Vaccination in Bombay 1889-1901 - 1889-1901
Year: 1889
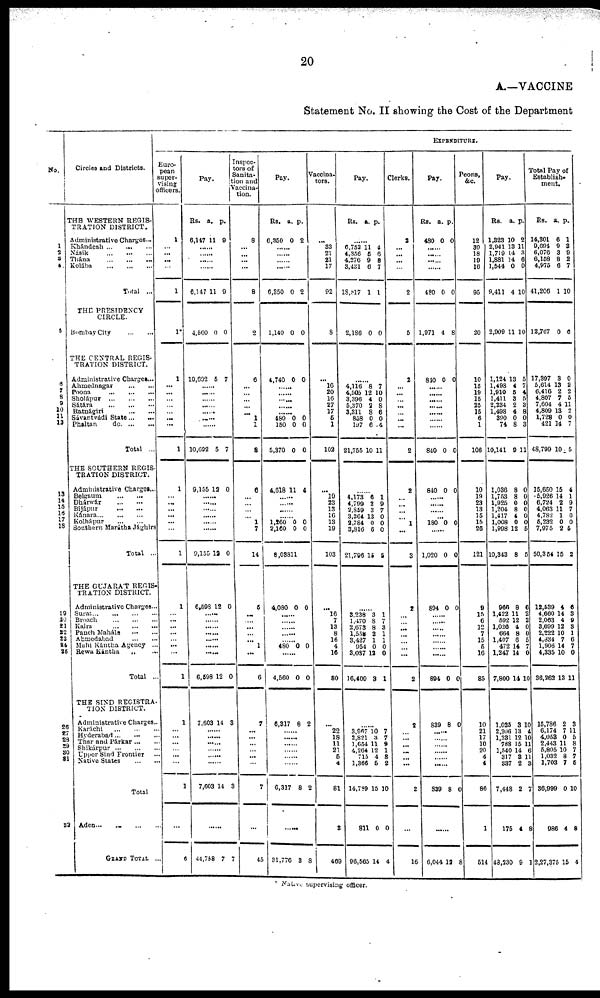
20
A.—VACCINE
Statement No. II showing the Cost of the Department
No.
1
2
3
4
5
6
7 8
9
10
11
12
13
14
15
16 17
18
19
20
21
22
23
24
25
26
27
28
29
30
31
32
Circles and Districts.
THE WESTERN REGIS-
TRATION DISTRICT.
Administrative Charges...
Khándesh...
...
...
Násik
...
...
...
Thána
...
...
...
Kolába
...
...
...
Total ...
THE PRESIDENCY
CIRCLE.
Bombay City
...
...
THE CENTRAL REGIS-
TRATION DISTRICT.
Administrative Charges...
Ahmednagar
...
...
Poona
...
...
...
Sholápur
...
...
...
Sátára
...
...
...
Ratnágiri
...
...
Sávantvádi
State... ...
Phaltan
do. ... ...
Total ...
THE SOUTHERN REGIS-
TRATION DISTRICT.
Administrative Charges...
Belgaum
...
...
Dhárwár
...
...
Bijápur
...
...
Kánara...
...
...
Kolhápur
...
...
Southern Marátha Jághirs
Total ...
THE GUJARAT REGIS-
TRATION DISTRICT.
Administrative Charges...
Surat...
...
...
...
Broach
...
...
...
Kaira
...
...
...
Panch Maháls
...
...
Ahmedabad
...
...
Mahi Kántha Agency ...
Rewa Kántha ... ...
Total ...
THE SIND REGISTRA-
TION DISTRICT.
Administrative Charges..
Karáchi
...
...
...
Hyderabad...
...
...
Thar and Párkar... ...
Shikárpur...
...
...
Upper Sind Frontier ...
Native Slates
...
...
Total
Aden...
...
...
...
GRAND TOTAL ...
EXPENDITURS.
Euro-
pean
super-
vising
officers.
1
...
...
...
...
1
1*
1
...
...
...
...
...
...
...
1
1
...
...
...
...
...
...
1
1
...
...
...
...
...
...
...
1
1
...
...
...
...
...
...
1
...
6
Pay.
Rs.
8,147
a.
11
p.
9
......
......
......
......
6,147 11 9
4,560 0 0
10,692 5 7
......
......
......
......
......
......
......
10,692 5 7
9,155 12 0
......
......
......
......
......
......
9,150 12 0
6,598 12 0
......
......
......
......
......
......
......
6,598 12 0
7,603 14 3
......
......
......
......
......
......
7,603 14 3
......
44,758 7 7
Inspec-
tors of
Sanita¬
tion and
Vaccina-
tion.
8
...
...
...
...
8
0
6
...
...
...
...
...
1
1
8
6
...
...
...
... 1
7
14
5
...
...
...
...
...
1
...
6
7
...
...
...
...
...
...
7
...
45
Pay.
Rs.
6,350
a.
0
p.
2
......
......
......
......
6,350 0 2
1,140 0 0
4,740 0 0
......
......
......
......
......
480
150
5,370
0
0
0
0
0
0
4,618 11 6
......
......
......
......
1,260
2,160
8,088
0
0
11
0
0
4,080 0 0
......
......
......
......
......
480
0 0
......
4,560 0 0
6,317 8 2
......
......
......
......
......
......
6,317 8 2
......
31,776 3 8
Vaccina¬
tors.
...
33
21
21
17
92
8
...
16
20
16
27
17
5
1
102
...
10
23
13
16
13
19
103
...
16
7
13
8
16
4
16
80
...
22
18
11
21
5
4
81
3
469
Pay.
Rs. a. p.
......
6,752
4,356
4,276
3,431
18,817
11
5
9
6
1
4
6
8
7
1
2,186 0 0
......
4,116
4,505 3,396
5,370
3,311
858
197
21,755
8
12 4
2
8
0
6
10
7
10 0
8
6
0 4
11
......
4,173
4,799
2,859
3,264
2,784
3,816
21,706
6
2
3
13
0
6
15
1
9
7
0
0
0
5
......
3,238
1,470
2,673
1,558
3,427
954
3,087
16,409
3
8
8
2
1
0
12
3
11
7
3
1
1
0
0
1
......
3,967
2,8211
1,654
4,264
715
1,366
14,789
811
96,565
10
3
11
12
4
5
15
0
14
7
7
9
1
8
2
10
0
4
Clerks.
2
...
...
...
...
2
5
2
...
...
...
...
...
...
...
2
2
...
...
...
...
1
...
3
2
...
...
...
...
...
...
...
2
2
...
...
...
...
...
...
2
...
16
Pay.
Rs.
480
a.
0
p.
0
......
......
......
......
480 0 0
1,971 4 8
840 0 0
......
......
......
......
......
......
......
840 0 0
840 0 0
......
......
......
...
180 0 0
......
1,020 0 0
894 0 0
......
......
......
......
......
......
......
894 0 0
839 8 0
......
......
......
......
......
......
839 8 0
......
6,044 12 8
Peons,
&c.
12
30
18
10
16
95
20
10
15
19
15
25
15
6
1
106
10
19
23
13
15
15
26
121
9
15
6
12
7
15
5
16
85
10
21
17
10
20
4
4
86
1
514
Pay.
Rs.
1,323
2,941
1,719
1,881
1,544
9,411
a.
10
13
14
14
0
4
p.
2
11
3
6
0
10
2,909 11 10
1,124
1,498
1,910
1,411
2,234
1,498
390
74
10,141
13
4
5
3
2
4
0
8
9
5
7
4
5
3
8
0
3
11
1,036
1,753
1,925
1,204
1,417
1,008
1,993
10,343
8
8
0
8
4
0
12
8
0
0
0
0
0
0
5
5
966
1,422
592
1,026
664
1,407
472
1,247
7,800
8
11
12
4
8
6
14
14
14
6
2
2
0
0
5
7
0
10
1,025
2,206
1,231
788
1,540
317
337
7,448
175
48,230
3
13
12
15
14
3
2
2
4
9
10
4
10
11
6
11
3
7
8
1
Total Pay of
Establish-
ment.
Rs.
14,301
9,694
6,076
6,158
4,975
41,206
a.
6
9
3
8
6
1
p.
1
3
9
2
7
10
12,767 0 6
17,397
5,614
6,416
4,807
7,604
4,809
1,728
421
48,790
3
13
2
7
4
13
0
14
10
0
2
2
5
11
2
0
7
5
15,650
5,926
6,724
4,063
4,782
5,232
7,975
50,354
15
14
2
11
1
0
2
15
4
1
9
7
0
0
5
2
12,539
4,660
2,063
3,699
2,222
4,834
1,906
4,335
36,262
4
14
4
12
10
7
14
10
13
6
3
9
3
1
6
7
0
11
15,786
6,174
4,053
2,443
5,805
1,032
1,703
36,999
986
2,27,375
2
7
0
11
10
8
7
0
4
15
3
11
5
8
7
7
5
10
8
4
* Native supervising officer.